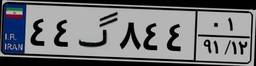
۴۰گ۵۸۱۷۰